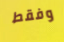
وفقط